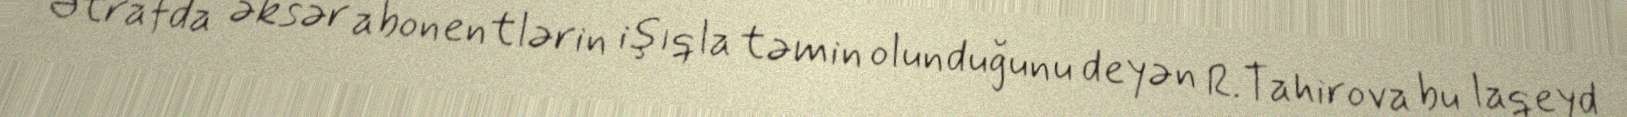
Ətrafda əksər abonentlərin işıqla təmin olunduğunu deyən R.Tahirova bu laqeyd